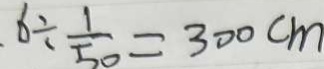
\cdot 6 \div \frac { 1 } { 5 0 } = 3 0 0 c m